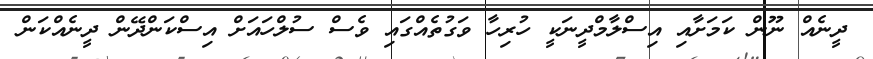
ދީނެއް ނޫން ކަމަށާއި އިސްލާމްދީނަކީ ހުރިހާ ވަގުތެއްގައި ވެސް ސުލްހައަށް އިސްކަންދޭން ދީނެއްކަން